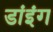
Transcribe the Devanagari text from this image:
डांइंग